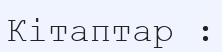
Кітаптар :